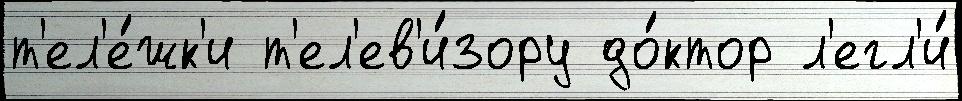
т'ел'е́жк'и т'ел'ев'и́зору до́ктор л'егл'и́